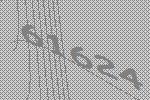
61624